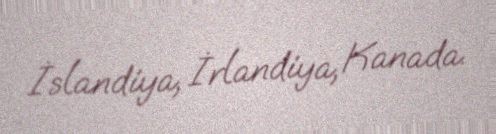
İslandiya, İrlandiya, Kanada.